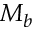
M _ { b }